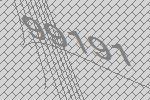
99191